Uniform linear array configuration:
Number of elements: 64
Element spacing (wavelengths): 1
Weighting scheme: uniform
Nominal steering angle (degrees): -15
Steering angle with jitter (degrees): -14.502
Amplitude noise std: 0.05
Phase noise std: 0.05

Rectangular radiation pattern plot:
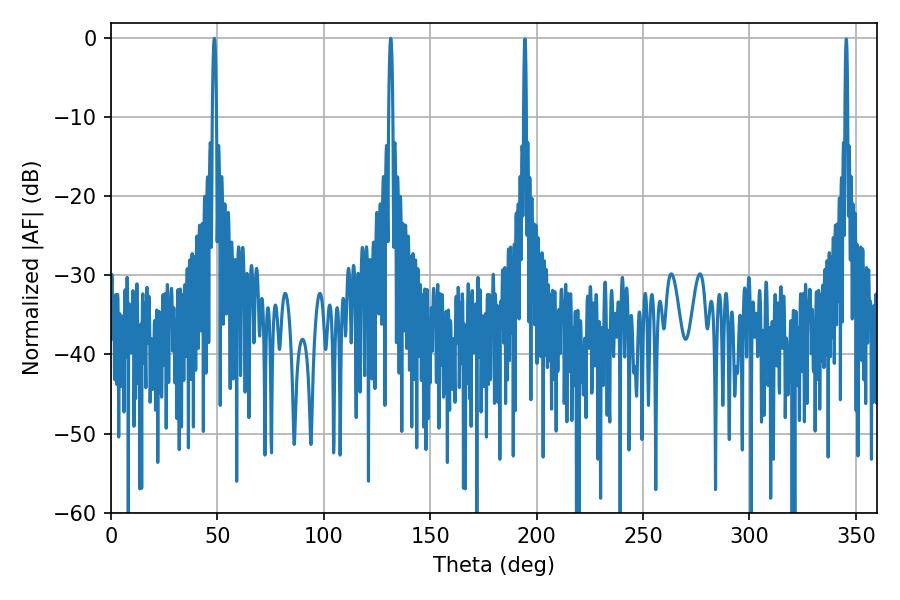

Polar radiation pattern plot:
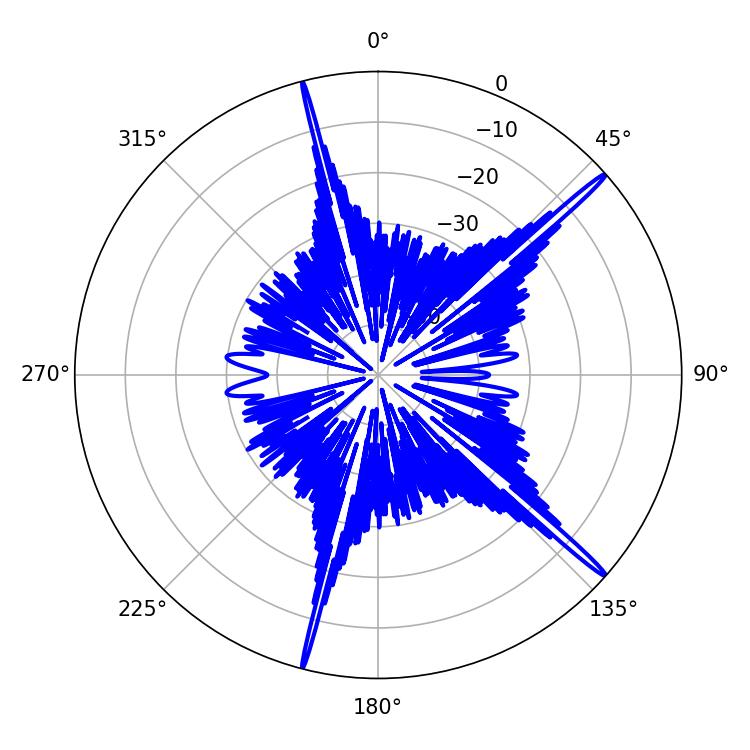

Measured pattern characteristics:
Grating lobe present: TRUE
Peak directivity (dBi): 18.694
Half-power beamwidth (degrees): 1.08
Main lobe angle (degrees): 131.4